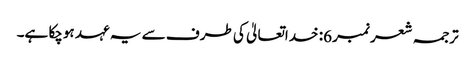
ترجمہ شعر نمبر 6: خداتعالیٰ کی طرف سے یہ عہد ہوچکا ہے۔